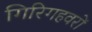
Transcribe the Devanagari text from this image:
गिरिगहवरों